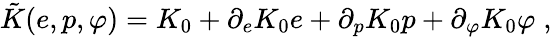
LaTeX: \begin{array}{r}{\tilde{K}(e,p,\varphi)=K_{0}+\partial_{e}K_{0}e+\partial_{p}K_{0}p+\partial_{\varphi}K_{0}\varphi\; ,}\end{array}